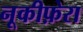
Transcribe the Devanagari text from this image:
नूकीफ़ेरा